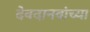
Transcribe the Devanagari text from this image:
देवदानवांच्या